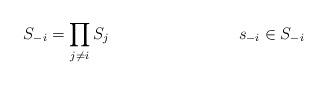
LaTeX: \begin{align*}S_{-i}&=\prod_{j\not=i}S_j & s_{-i}&\in S_{-i}\end{align*}